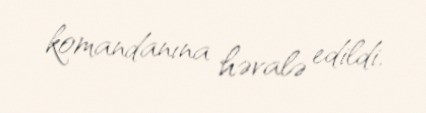
komandanına həvalə edildi.